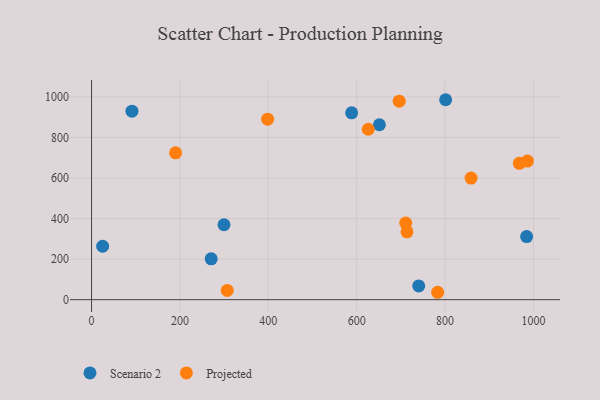
{"axis": {"x": "Investment", "y": "Profit"}, "legend": ["Projected", "Scenario 2"], "data": [{"x": "588.7", "y": 921.3, "type": "Scenario 2"}, {"x": "270.8", "y": 201.3, "type": "Scenario 2"}, {"x": "299.8", "y": 369.5, "type": "Scenario 2"}, {"x": "25.1", "y": 263.3, "type": "Scenario 2"}, {"x": "651.5", "y": 862.7, "type": "Scenario 2"}, {"x": "740.5", "y": 67.8, "type": "Scenario 2"}, {"x": "801.4", "y": 986.1, "type": "Scenario 2"}, {"x": "91.5", "y": 929.4, "type": "Scenario 2"}, {"x": "984.7", "y": 311.3, "type": "Scenario 2"}, {"x": "307.1", "y": 45.7, "type": "Projected"}, {"x": "783.3", "y": 36.4, "type": "Projected"}, {"x": "711.1", "y": 377.8, "type": "Projected"}, {"x": "986.4", "y": 683.7, "type": "Projected"}, {"x": "968.2", "y": 672.5, "type": "Projected"}, {"x": "190.2", "y": 724.3, "type": "Projected"}, {"x": "859.0", "y": 599.9, "type": "Projected"}, {"x": "696.3", "y": 979.0, "type": "Projected"}, {"x": "398.5", "y": 890.3, "type": "Projected"}, {"x": "626.3", "y": 840.5, "type": "Projected"}, {"x": "713.9", "y": 334.5, "type": "Projected"}]}